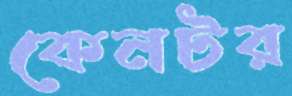
কেনটর